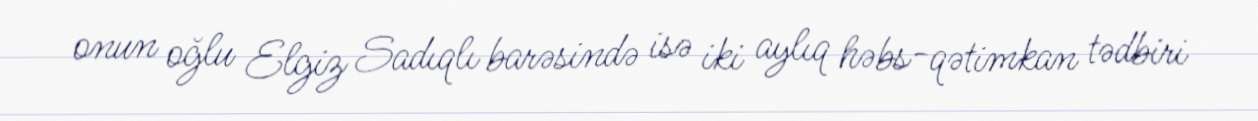
onun oğlu Elgiz Sadıqlı barəsində isə iki aylıq həbs-qətimkan tədbiri